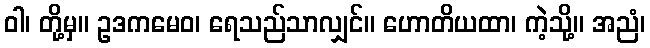
ဝါ၊ တို့မှ။ ဥဒကမေဝ၊ ရေသည်သာလျှင်။ ဟောတိယထာ၊ ကဲ့သို့။ အညံ၊